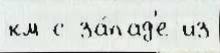
км с за́пад'е из